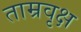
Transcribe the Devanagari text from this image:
ताम्रवृक्ष